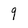
Character: 9